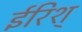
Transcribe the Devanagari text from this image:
ईरिश्